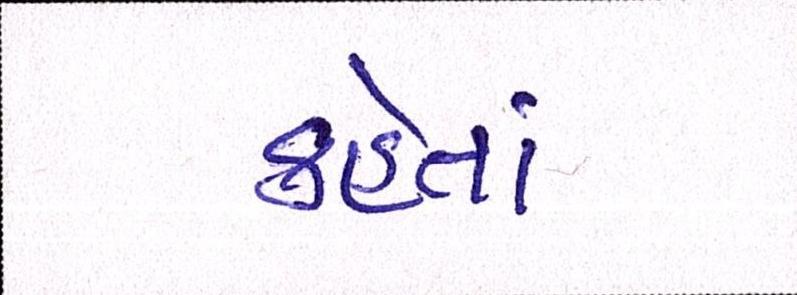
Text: કહેતાં